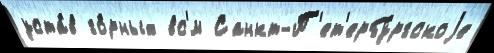
уста́в го́рных вс'́м Санкт-П'ет'ербу́ргскоjе